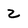
Character: 2